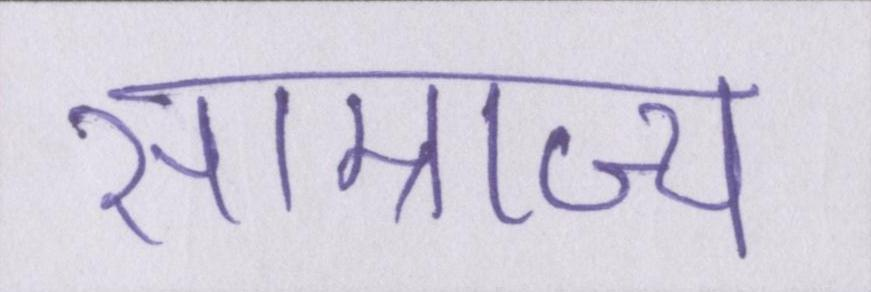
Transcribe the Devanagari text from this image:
साम्राज्य